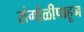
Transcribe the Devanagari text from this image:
रांगोळीपाहून